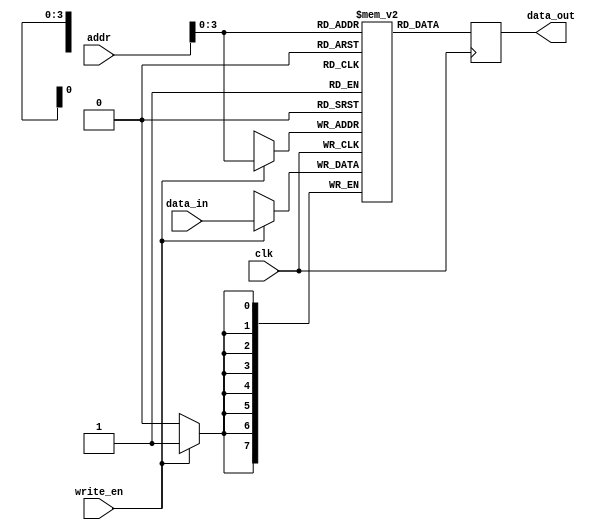
module register_file
  #(parameter REG_NUM = 16, // Number of registers in the file
    parameter REG_WIDTH = 8) // Width of each register in bits
    (input wire [REG_WIDTH-1:0] data_in,
     input wire [4:0] addr,
     input wire write_en,
     input wire clk,
     output reg [REG_WIDTH-1:0] data_out);
  
  reg [REG_WIDTH-1:0] registers [0:REG_NUM-1];
  
  always @(posedge clk) begin
    if(write_en) begin
      registers[addr] <= data_in;
    end
    data_out <= registers[addr];
  end
endmodule